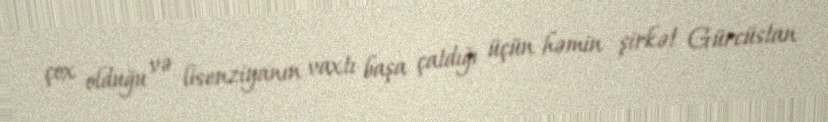
çox olduğu və lisenziyanın vaxtı başa çatdığı üçün həmin şirkət Gürcüstan